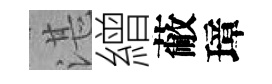
湛繒蔽璋